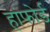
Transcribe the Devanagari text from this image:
हांफोर्ड